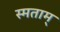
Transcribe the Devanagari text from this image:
स्मताम्